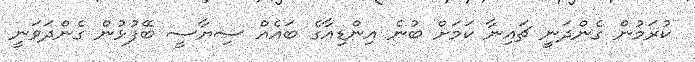
ކުރަމުން ގެންދަނީ ޗައިނާ ކަމަށް ބުނެ އިންޑިއާގެ ބައެއް ސިޔާސީ ބޭފުޅުން ގެންދަވަނީ